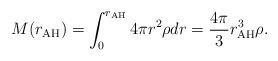
LaTeX: \begin{align*}M(r_{\rm AH}) = \int_0^{r_{\rm AH}} 4\pi r^2 \rho dr = \frac{4\pi}{3} r_{\rm AH}^3 \rho.\end{align*}